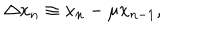
\Delta x _ { n } \equiv x _ { n } - \mu x _ { n - 1 } ,